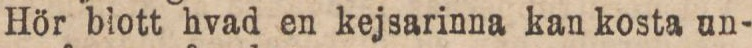
Hör blott hvad en kejsarinna kan kosta un-